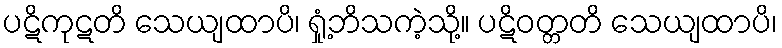
ပဋိကုဋတိ သေယျထာပိ၊ ရှုံ့ဘိသကဲ့သို့။ ပဋိဝတ္တတိ သေယျထာပိ၊